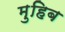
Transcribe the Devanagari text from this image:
मुहिब